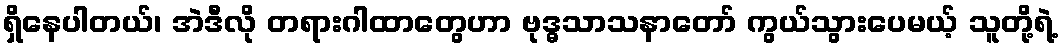
ရှိနေပါတယ်၊ အဲဒီလို တရားဂါထာတွေဟာ ဗုဒ္ဓသာသနာတော် ကွယ်သွားပေမယ့် သူတို့ရဲ့